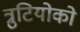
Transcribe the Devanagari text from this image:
त्रुटियोको